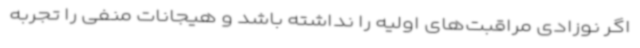
اگر نوزادی مراقبت‌های اولیه را نداشته باشد و هیجانات منفی را تجربه